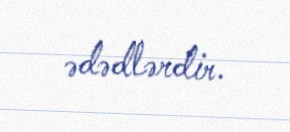
ədədlərdir.